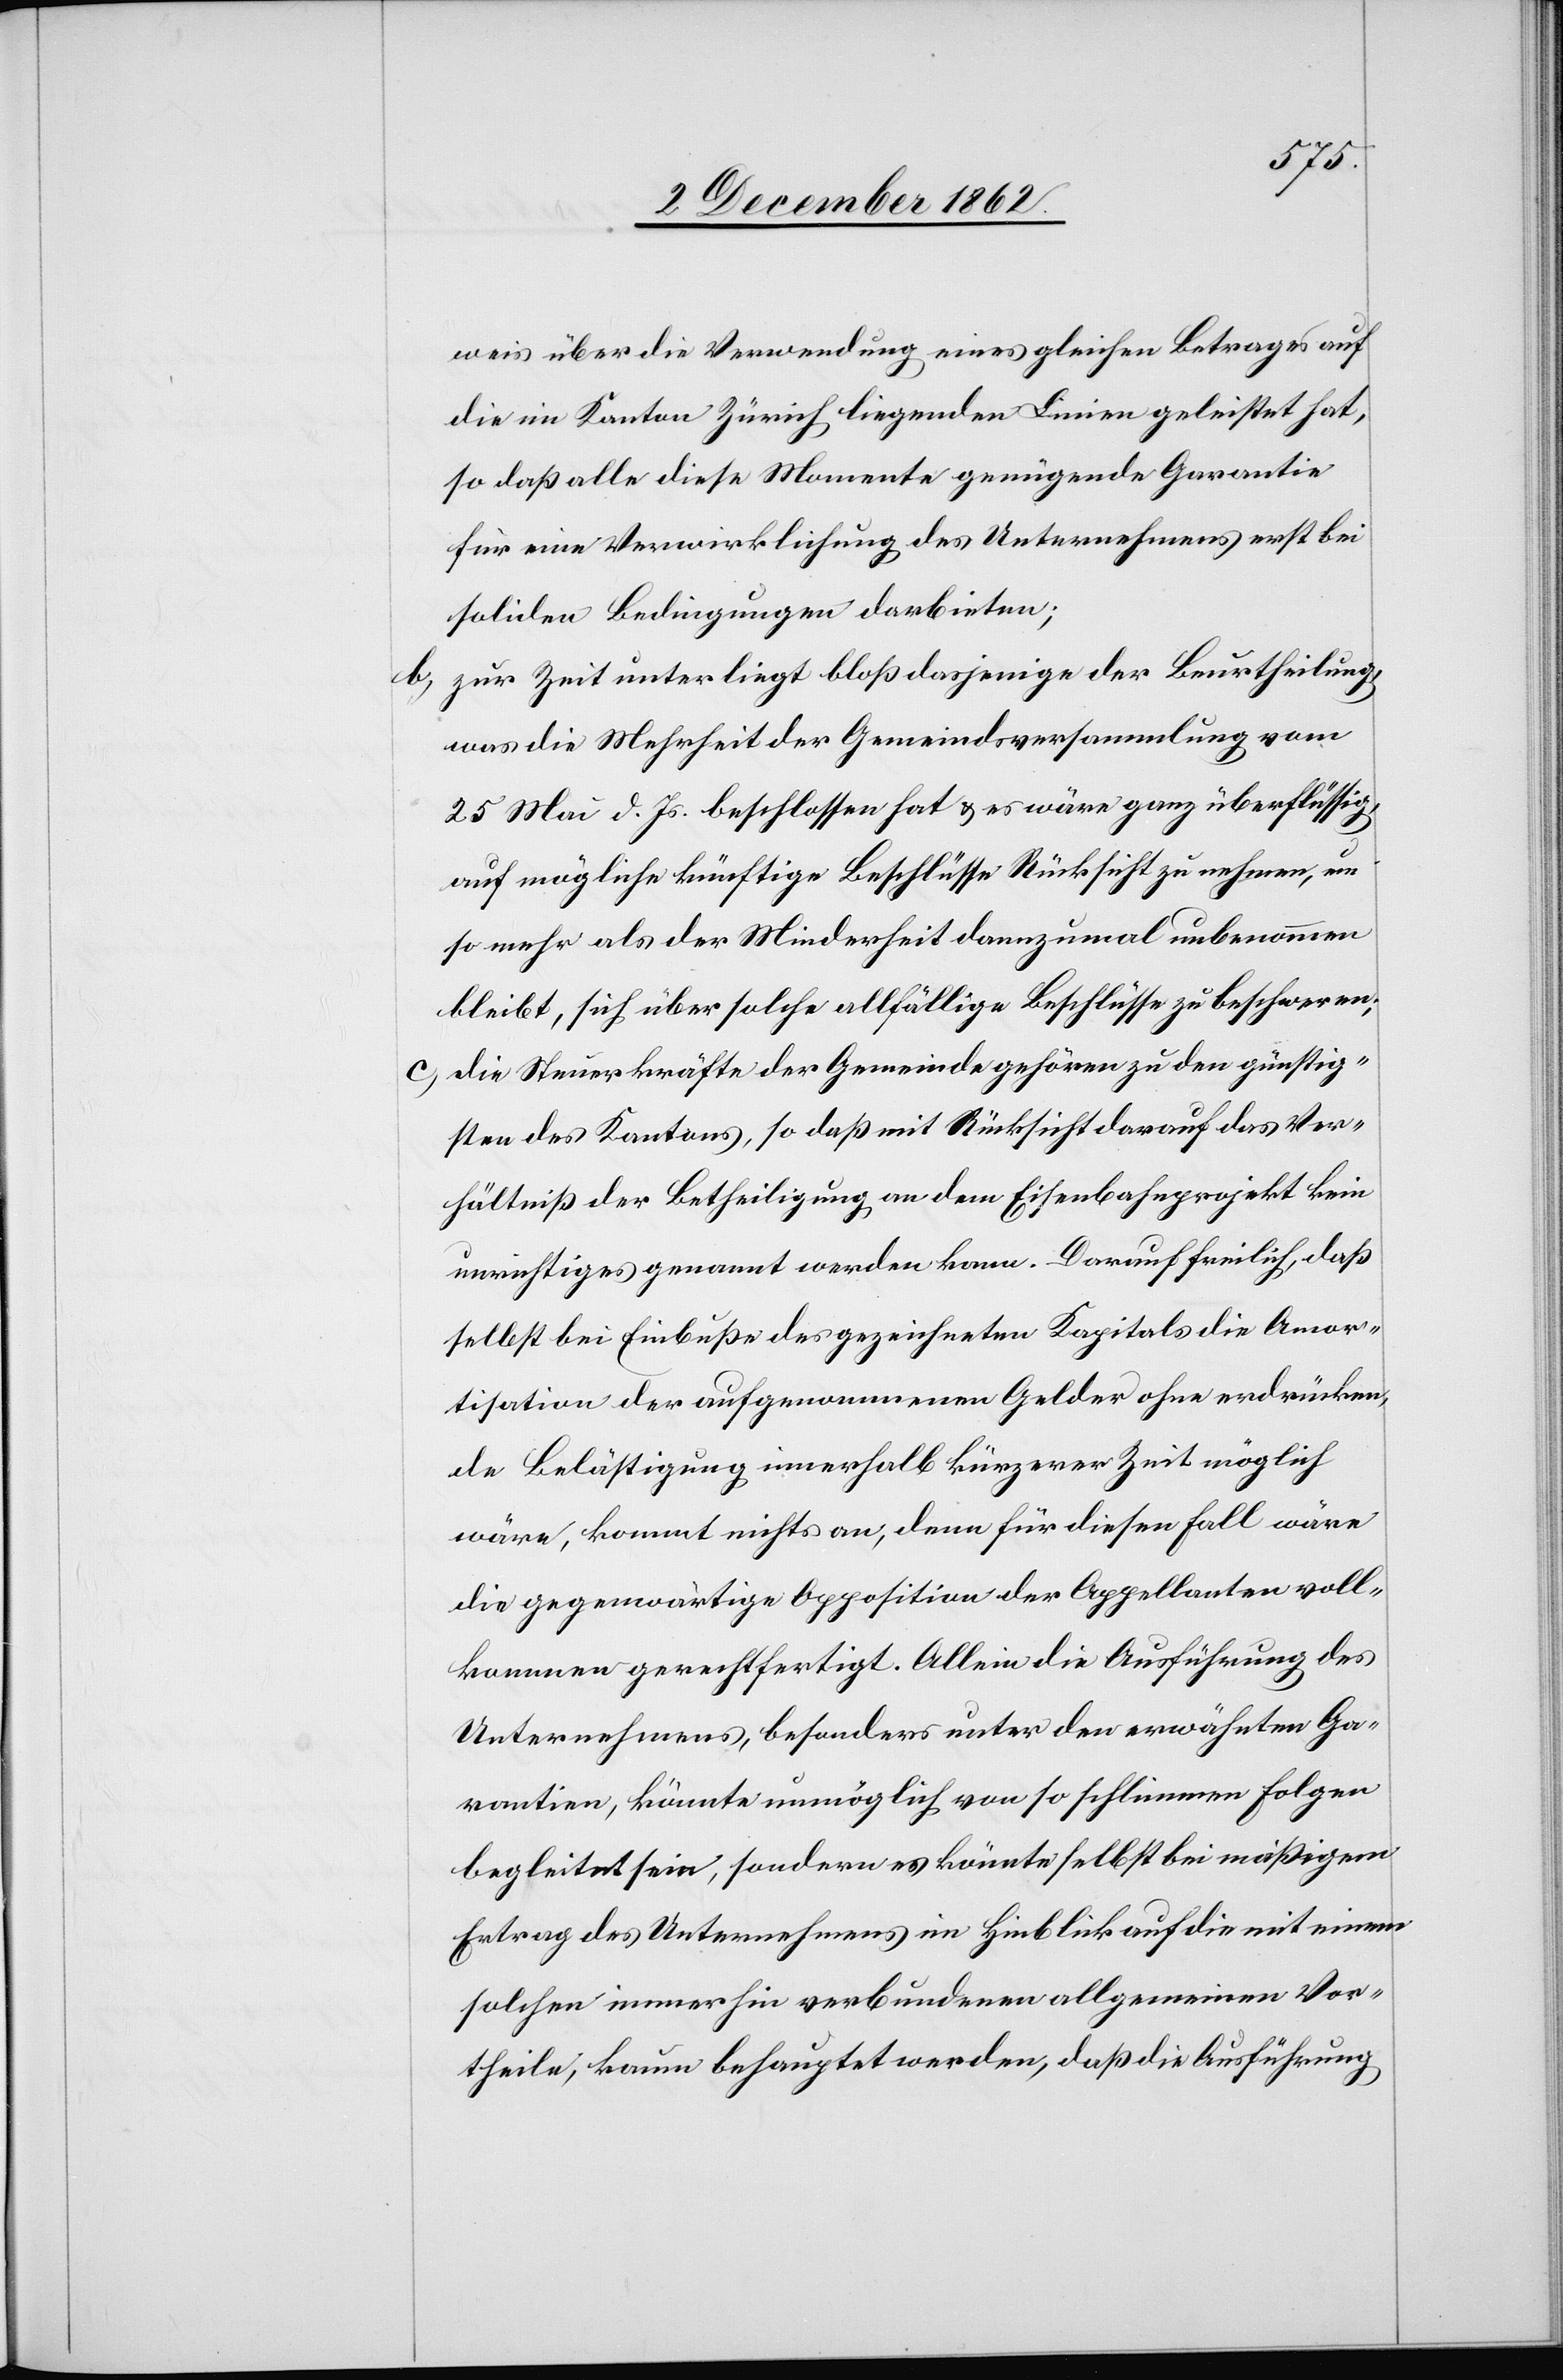
weis über die Verwendung eines gleichen Betrages auf
die im Kanton Zürich liegenden Linien geleistet hat,
so daß alle diese Momente genügende Garantie
für eine Verwirklichung des Unternehmens erst bei
soliden Bedingungen darbieten;
b. zur Zeit unterliegt bloß dasjenige der Beurtheilung,
was die Mehrheit der Gemeindsversammlung vom
25. Mai d. Js. beschlossen hat u. es wäre ganz überflüssig,
auf mögliche künftige Beschlüsse Rücksicht zu nehmen, um
so mehr als der Minderheit dannzumal unbenommen
bleibt, sich über solche allfällige Beschlüsse zu beschwerden;
c. die Steuerkräfte der Gemeinde gehören zu den günstig¬
sten des Kantons, so daß mit Rücksicht darauf das Ver¬
hältniß der Betheiligung an dem Eisenbahnprojekt kein
unwichtiges genannt werden kann. Darauf freilich, daß
selbst die Einbuße des gezeichneten Kapitals die Amor¬
tisation der Aufgenommenen Gelder ohne erdrücken¬
de Belästigung innerhalb kürzerer Zeit möglich
wäre, kommt nichts an, denn für diesen Fall wäre
die gegenwärtige Opposition der Appellanten voll¬
kommen gerechtfertigt. Allein die Ausführung des
Unternehmens, besonders unter den erwähnten Ga¬
rantien, könnte unmöglich von so schlimmen Folgen
begleitet sein, sondern es könnte selbst bei mäßigem
Ertrag des Unternehmens im Hinblick auf die mit einem
solchen immerhin verbundenen allgemeinen Vor¬
theile, kaum behauptet werden, daß die Ausführung